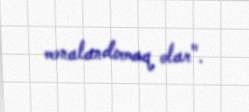
mənalandırmaq olar".